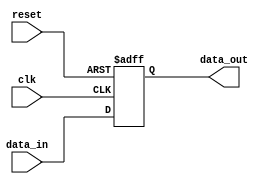
module ParameterizedRegister #(
    parameter WIDTH = 8 // Default width is 8 bits
)(
    input wire clk,               // Clock signal
    input wire reset,             // Asynchronous reset signal
    input wire [WIDTH-1:0] data_in, // Data input
    output reg [WIDTH-1:0] data_out // Data output
);

    // Asynchronous reset and clock edge behavior
    always @(posedge clk or posedge reset) begin
        if (reset) begin
            data_out <= {WIDTH{1'b0}}; // Reset to 0
        end else begin
            data_out <= data_in; // Latch the input data
        end
    end

    // Initial state for simulation
    initial begin
        data_out = {WIDTH{1'b0}}; // Initialize to 0
    end

endmodule